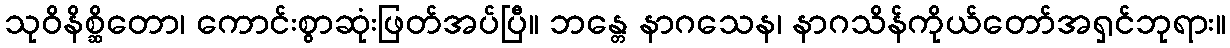
သုဝိနိစ္ဆိတော၊ ကောင်းစွာဆုံးဖြတ်အပ်ပြီ။ ဘန္တေ နာဂသေန၊ နာဂသိန်ကိုယ်တော်အရှင်ဘုရား။